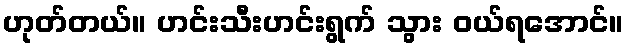
ဟုတ်တယ်။ ဟင်းသီးဟင်းရွက် သွား ဝယ်ရအောင်။